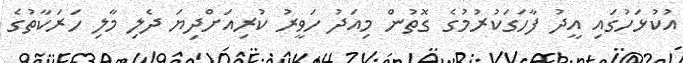
އުކުޅަހުގައި އީދު ފާހަގަކުރުމުގެ ގޮތުން މިއަދު ހަވީރު ކުރިއަށްދިޔަ ދެލި މާލި ހަރަކާތުގެ